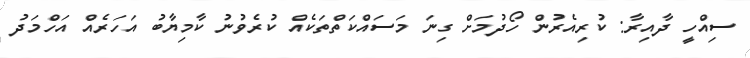
ސިއްހީ ދާއިރާ: ކުރިއެރުން ހޯދުމަށް ގިނަ މަސައްކަތްތަކެއް ކުރެވުނު ކާމިޔާބު އަހަރެއް އަހްމަދު